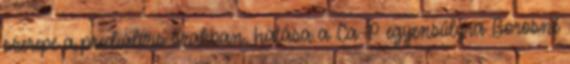
szerepe a predialízis szakban, hatása a Ca-P egyensúlyra Borosné